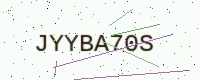
Text: JYYBA70S